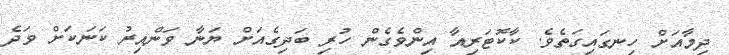
ދިމާއަށް ހިނގައިގަތެވެ. ކާކޮޓަރިއާ އިންވެގެން ހުރި ބަދިގެއަށް ޔަނާ ވަންއިރު ކަނަކަށް ވަދެ